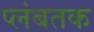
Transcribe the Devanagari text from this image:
प्लंबतक